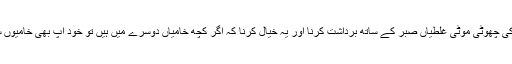
ایک دوسرے کی چھوٹی موٹی غلطیاں صبر کے ساتھ برداشت کرنا اور یہ خیال کرنا کہ اگر کچھ خامیاں دوسرے میں ہیں تو خود آپ بھی خامیوں سے پاک نہیں۔